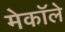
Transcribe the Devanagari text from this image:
मेकॉले